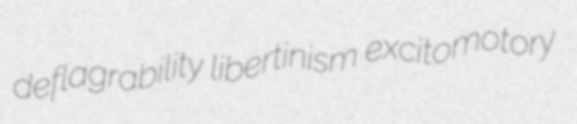
deflagrability libertinism excitomotory